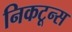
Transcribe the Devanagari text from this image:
निकटून्स